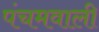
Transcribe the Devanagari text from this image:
पंचमवाली